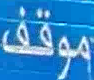
موقف